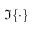
\Im \{ \cdot \}